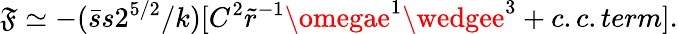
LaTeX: \mathfrak{F}\simeq-(\bar{{s}}s2^{5/2}/k)[C^{2}\tilde{{r}}^{-1}\omegae^{1}\wedgee^{3}+c.c.term].